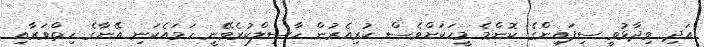
އަދި ވިދާޅުވީ ސިފައިންގެ ކޮންމެ މީހަކަށްވެސް ކުރިއެރުން ހާސިލްކުރެވޭނީ ހަމައެކަނި އޭނާގެ ހިތްވަރާއި